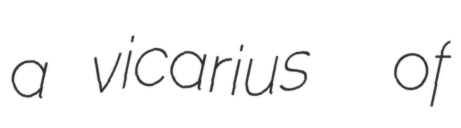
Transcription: a vicarius  of